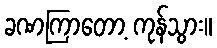
ခဏကြာတော့ ကုန်သွား။